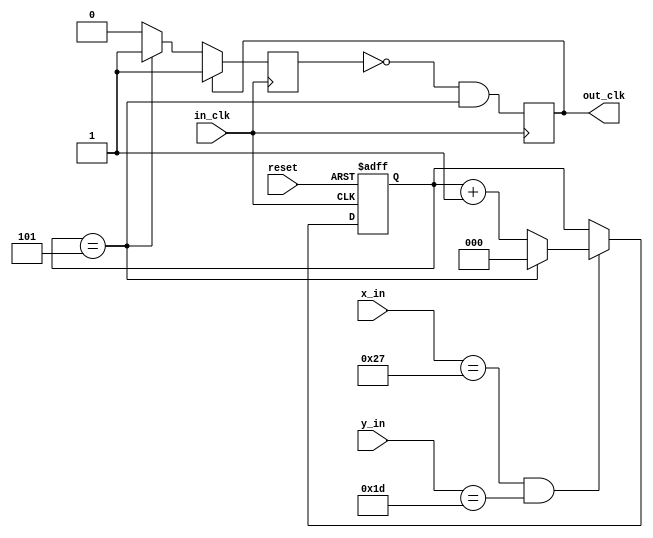
// This program was cloned from: https://github.com/Fe1LDr/Grinch
// License: MIT License

module game_upd_clk (
	input wire in_clk, reset,
	input [9:0] x_in,
	input [9:0] y_in,
	output reg out_clk
);
	reg was_updated;
	reg [2:0] cycles;

	initial begin
		cycles <= 0;
	end

	always @(posedge in_clk) begin
		if (out_clk) begin
			was_updated <= 1;
		end
		else begin
			was_updated <=(cycles == 5) ? 1 : 0;
		end
	end

	always @(posedge in_clk) begin
		out_clk <= (~was_updated && (cycles == 5));
	end

	always @(posedge in_clk or negedge reset) begin
		if (!reset) begin
			cycles <= 0;
		end
		else begin
			if ((x_in == 39) && (y_in == 29)) begin
				cycles <= (cycles == 5) ? 0: cycles + 1;
			end
		end
	end

endmodule